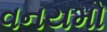
વનયમો